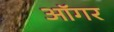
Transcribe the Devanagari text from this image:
ऑगर